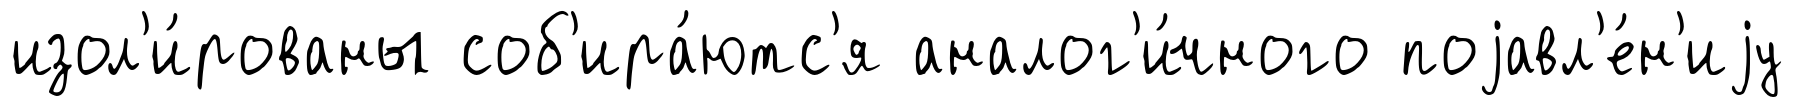
изол'и́рованы соб'ира́ютс'я аналог'и́чного поjавл'е́н'иjу